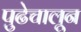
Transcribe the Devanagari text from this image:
पुढेचालून